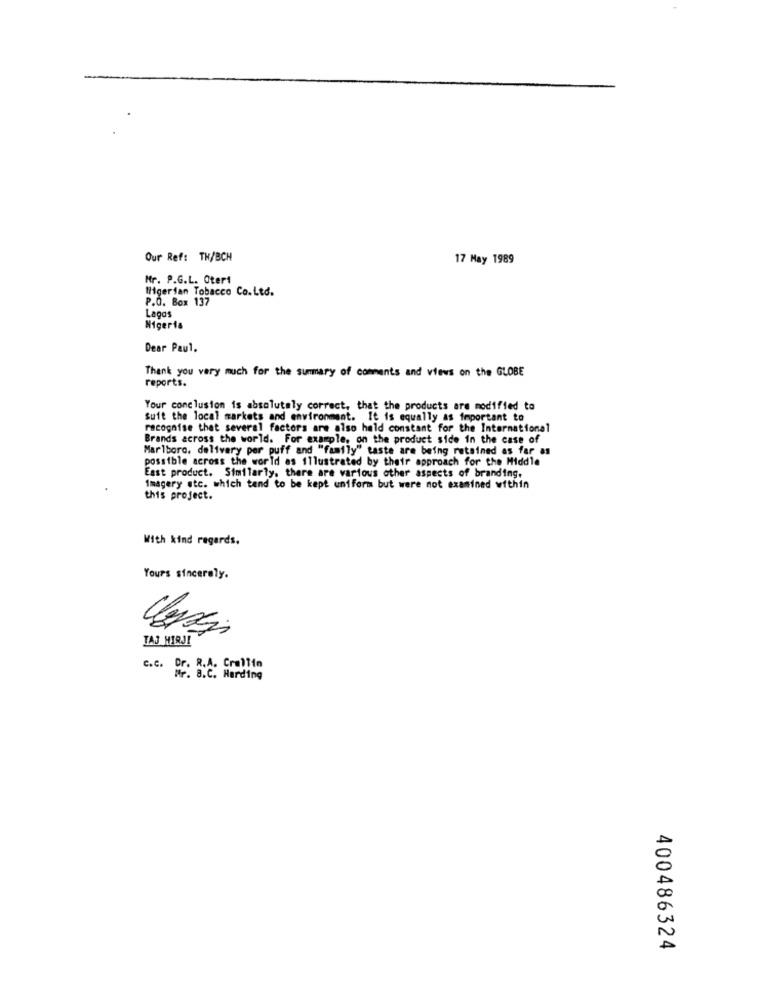
Our Ref: TH/BCH
17 May 1989
Mr. P.G.L. Oter1
Nigerian Tobacco Co.Ltd.
P.O. Box 137
Lagos
Nigeria
Dear Paul.
Thank you very much for the summary of comments and views on the GLOBE
reports.
Your conclusion is absolutely correct, that the products are modified to
Suit the local markets and environment. It is equally as important to
recognise that several factors are also held constant for the International
Brands across the world. For example, on the product side in the case of
Marlboro, delivery per puff and "family" taste are being retained as far as
possible across the world as illustrated by their approach for the Middle
East product. Similarly. there are various other aspects of branding.
Imagery etc. which tend to be kept uniform but were not examined within
this project.
With kind regards.
Yours sincerely.
TAJ MIRJI
c.c. Dr. R.A. Crallin
HP. B.C. Harding
400486324